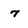
Character: 7